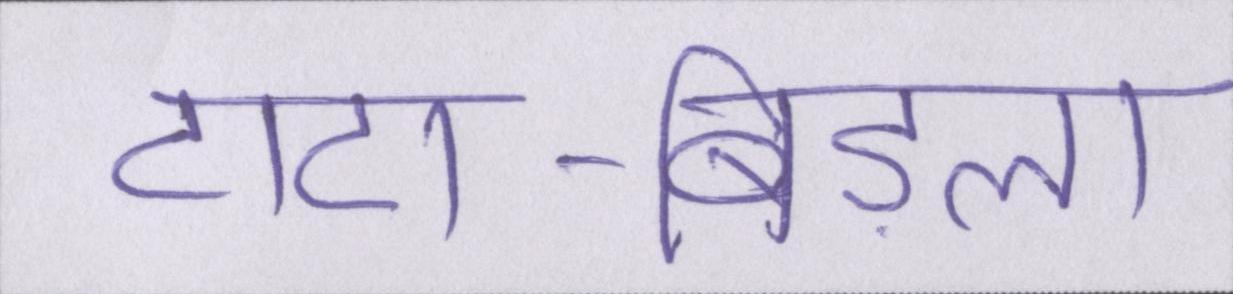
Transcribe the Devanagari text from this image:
टाटा-बिड़ला